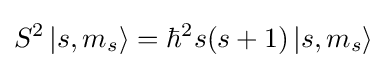
S^{2}\left|s,m_{s}\right\rangle =\hbar ^{2}s(s+1)\left|s,m_{s}\right\rangle